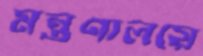
মন্ত্র্রণালয়ে